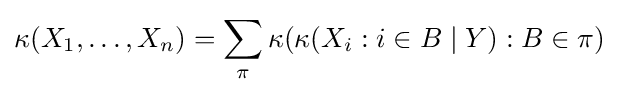
\kappa (X_{1},\dots ,X_{n})=\sum _{\pi }\kappa (\kappa (X_{i}:i\in B\mid Y):B\in \pi )